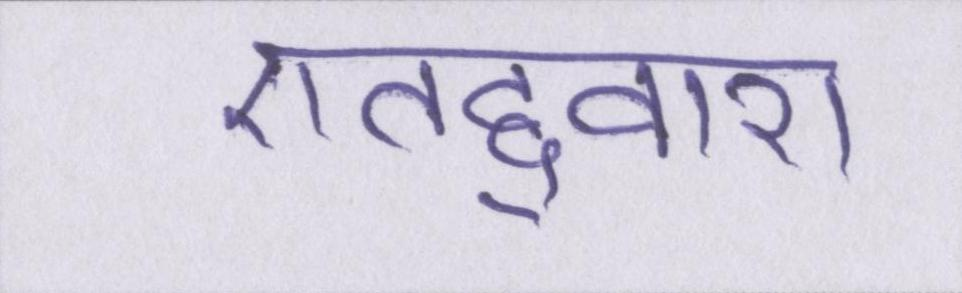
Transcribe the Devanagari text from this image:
एतद्द्वारा